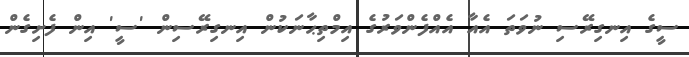
ސީގެ އިނގިރޭސި ނުވަތަ އެއާ އެއްފެންވަރުގެ އިމްތިޙާނަކުން އިނގިރޭސިން 'ސީ' އިން ފެށިގެން